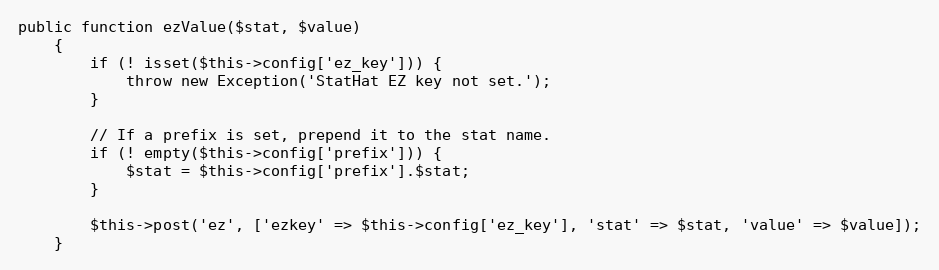
Language: PHP
public function ezValue($stat, $value)
    {
        if (! isset($this->config['ez_key'])) {
            throw new Exception('StatHat EZ key not set.');
        }

        // If a prefix is set, prepend it to the stat name.
        if (! empty($this->config['prefix'])) {
            $stat = $this->config['prefix'].$stat;
        }

        $this->post('ez', ['ezkey' => $this->config['ez_key'], 'stat' => $stat, 'value' => $value]);
    }